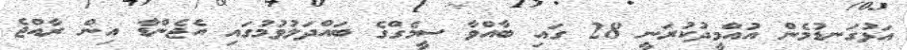
އަޅުގަނޑުމެން އުއްމީދުކުރަނީ 28 ގައި ބާއްވާ ސީމެގްގެ ބައްދަލުވުމުގައި އެޖެންޑާ އިން ރާއްޖެ